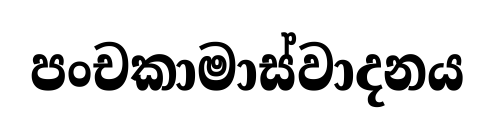
පංචකාමාස්වාදනය